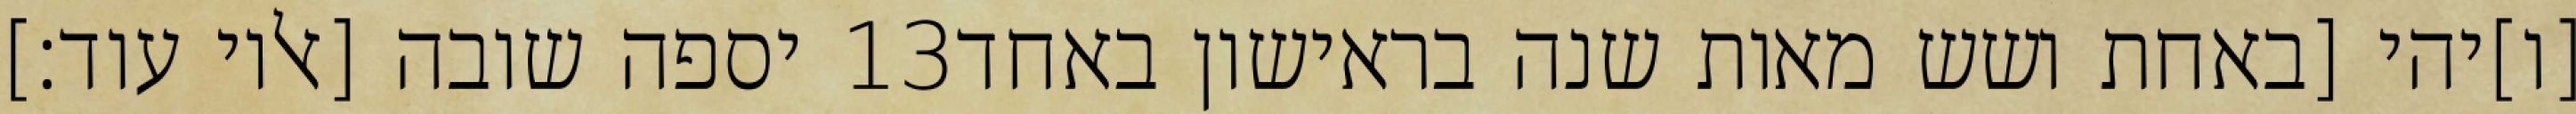
יספה שובה [אליו עוד׃] ‎13‏ [ו]יהי [באחת ושש מאות שנה בראישון באחד